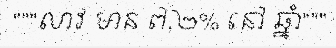
"""លាវ មាន ៧,២% នៅ ឆ្នាំ"""